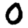
Digit: 0